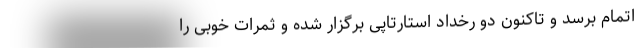
اتمام برسد و تاکنون دو رخداد استارتاپی برگزار شده و ثمرات خوبی را